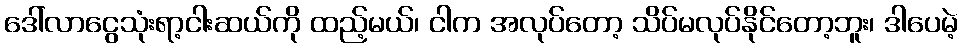
ဒေါ်လာငွေသုံးရာ့ငါးဆယ်ကို ထည့်မယ်၊ ငါက အလုပ်တော့ သိပ်မလုပ်နိုင်တော့ဘူး၊ ဒါပေမဲ့